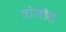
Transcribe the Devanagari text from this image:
तोजोस